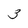
Character: 3